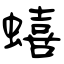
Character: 蟢